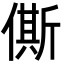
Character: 㒋